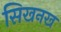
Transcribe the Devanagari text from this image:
सिखनख